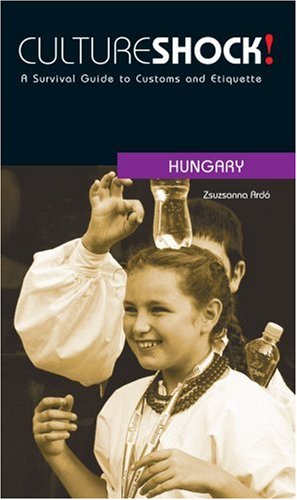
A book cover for Culture Shock! Hungary: A Survival Guide to Customs and Etiquette (Culture Shock! Guides) (Cultureshock Hungary: A Survival Guide to Customs & Etiquette); Zsuzsanna ArdÃ³; Travel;